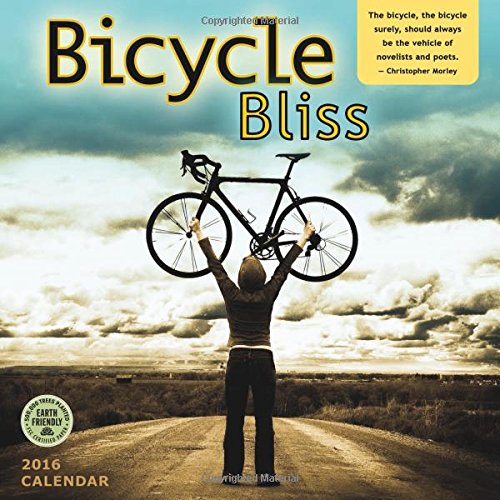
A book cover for Bicycle Bliss 2016 Wall Calendar; Amber Lotus Publishing; Sports & Outdoors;